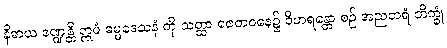
နိဓာယ ဒဏ္ဍန္တိ ဣမံ ဓမ္မဒေသနံ ကို သတ္ထာ ဇေတဝနေ၌ ဝိဟရန္တော စဉ် အညတရံ ဘိက္ခုံ